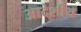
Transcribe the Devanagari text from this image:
आदेशीय